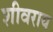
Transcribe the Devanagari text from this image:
शीवराय